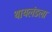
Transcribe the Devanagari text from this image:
थायलंडला